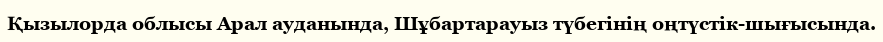
Қызылорда облысы Арал ауданында, Шұбартарауыз түбегінің оңтүстік-шығысында.